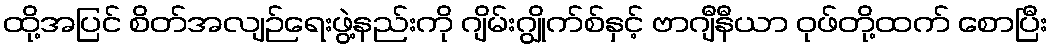
ထို့အပြင် စိတ်အလျဉ်ရေးဖွဲ့နည်းကို ဂျိမ်းဂျွိုက်စ်နှင့် ဗာဂျီနီယာ ဝုဖ်တို့ထက် စောပြီး